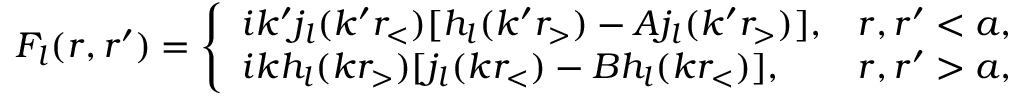
{ F } _ { l } ( r , r ^ { \prime } ) = \left\{ \begin{array} { l l } { { i k ^ { \prime } j _ { l } ( k ^ { \prime } r _ { < } ) [ h _ { l } ( k ^ { \prime } r _ { > } ) - A j _ { l } ( k ^ { \prime } r _ { > } ) ] , } } & { { r , r ^ { \prime } < a , } } \\ { { i k h _ { l } ( k r _ { > } ) [ j _ { l } ( k r _ { < } ) - B h _ { l } ( k r _ { < } ) ] , } } & { { r , r ^ { \prime } > a , } } \end{array} \right.